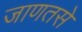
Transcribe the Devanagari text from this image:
जाणतसे